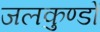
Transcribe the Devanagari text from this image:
जलकुण्डों